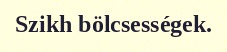
Szikh bölcsességek.